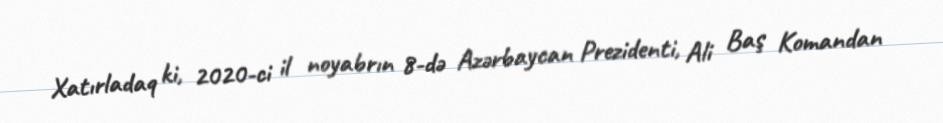
Xatırladaq ki, 2020-ci il noyabrın 8-də Azərbaycan Prezidenti, Ali Baş Komandan